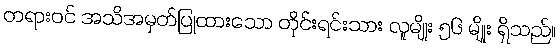
တရားဝင် အသိအမှတ်ပြုထားသော တိုင်းရင်းသား လူမျိုး ၅၆ မျိုး ရှိသည်။